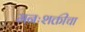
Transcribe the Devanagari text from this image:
मनःशक्तीचा